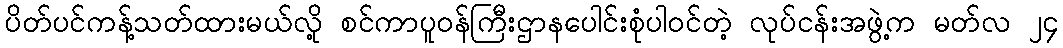
ပိတ်ပင်ကန့်သတ်ထားမယ်လို့ စင်ကာပူဝန်ကြီးဌာနပေါင်းစုံပါဝင်တဲ့ လုပ်ငန်းအဖွဲ့က မတ်လ ၂၄